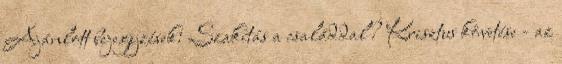
Ajánlott bejegyzések: Szakítás a családdal? Krisztus követése - az